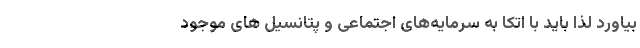
بیاورد لذا باید با اتکا به سرمایه‌های اجتماعی و پتانسیل های موجود